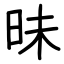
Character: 昧